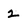
Character: 2